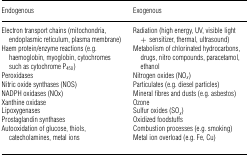
<table><thead><tr><td><b>Endogenous</b></td><td><b>Exogenous</b></td></tr></thead><tbody><tr><td>Electron transport chains (mitochondria, endoplasmic reticulum, plasma membrane)</td><td>Radiation (high energy, UV, visible light + sensitizer, thermal, ultrasound)</td></tr><tr><td>Haem protein/enzyme reactions (e.g. haemoglobin, myoglobin, cytochromes such as cytochrome P<sub>450</sub>)</td><td>Metabolism of chlorinated hydrocarbons, drugs, nitro compounds, paracetamol, ethanol</td></tr><tr><td>Peroxidases</td><td>Nitrogen oxides (NO<i><sub>x</sub></i>)</td></tr><tr><td>Nitric oxide synthases (NOS)</td><td>Particulates (e.g. diesel particles)</td></tr><tr><td>NADPH oxidases (NOx)</td><td>Mineral fibres and dusts (e.g. asbestos)</td></tr><tr><td>Xanthine oxidase</td><td>Ozone</td></tr><tr><td>Lipoxygenases</td><td>Sulfur oxides (SO<i><sub>x</sub></i>)</td></tr><tr><td>Prostaglandin synthases</td><td>Oxidized foodstuffs</td></tr><tr><td>Autooxidation of glucose, thiols, catecholamines, metal ions</td><td>Combustion processes (e.g. smoking)Metal ion overload (e.g. Fe, Cu)</td></tr></tbody></table>